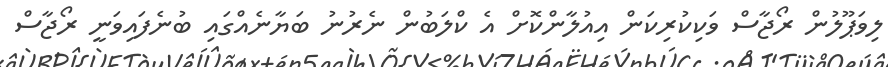
ލިވަޕޫލުން ރޯޖާސް ވަކިކުރިކަން އިއުލާންކޮށް އެ ކްލަބުން ނެރުނު ބަޔާނެއްގައި ބުނެފައިވަނީ ރޯޖާސް